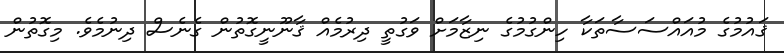
ޤައުމުގެ މުއައްސަސާތަކާ ހިންގުމުގެ ނިޒާމަށް ވަގުތީ ދިރުމެއް ޤާނޫނީގޮތުން ގެނެސް ދިނުމެވެ. މިގޮތުން